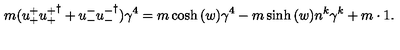
m ( u _ { + } ^ { + } { u _ { + } ^ { + } } ^ { \dagger } + u _ { - } ^ { - } { u _ { - } ^ { - } } ^ { \dagger } ) \gamma ^ { 4 } = m \cosh { ( w ) } \gamma ^ { 4 } - m \sinh { ( w ) } n ^ { k } \gamma ^ { k } + m \cdot 1 .